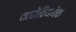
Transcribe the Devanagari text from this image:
वाचोवियाबैंक